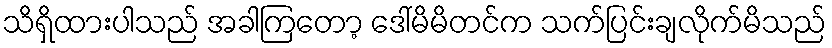
သိရှိထားပါသည် အခါကြတော့ ဒေါ်မိမိတင်က သက်ပြင်းချလိုက်မိသည်